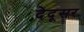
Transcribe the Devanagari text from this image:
देदूसर